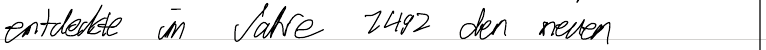
entdeckte im Jahre 1492 den neuen